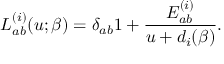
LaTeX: L _ { a b } ^ { ( i ) } ( u ; \beta ) = \delta _ { a b } 1 + \frac { E _ { a b } ^ { ( i ) } } { u + d _ { i } ( \beta ) } .